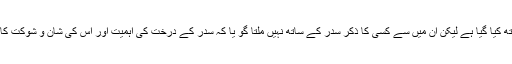
یعنی کجھور، انگور ، زیتون ، انار اور انجیر کا تذکرہ تو ایک دوسرے کے ساتھ کیا گیا ہے لیکن ان میں سے کسی کا ذکر سدر کے ساتھ نہیں ملتا گو یا کہ سدر کے درخت کی اہمیت اور اس کی شان و شوکت کا بیان ہو ا ہے لیکن اس کے ثمر کی خوبی یا نعمت کی بات نہیں کہی گئی ہے ۔